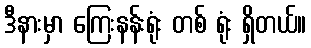
ဒီနားမှာ ကြေးနန်းရုံး တစ် ရုံး ရှိတယ်။